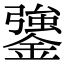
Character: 䥒